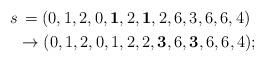
LaTeX: \begin{align*}s&\,=(0,1,2,0,{\bf 1},2,{\bf 1},2,6,3,6,6,4)\\&\rightarrow (0,1,2,0,{1},{2},{2},{\bf 3},6,{\bf 3},6,6,4);\end{align*}